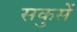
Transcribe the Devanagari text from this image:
सकुसें